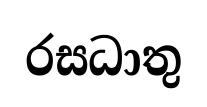
රසධාතු